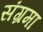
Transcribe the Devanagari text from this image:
संग्रमा